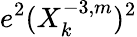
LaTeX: e^{2}(X_{k}^{-3,m})^{2}